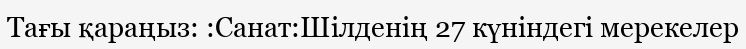
Тағы қараңыз: :Санат:Шілденің 27 күніндегі мерекелер